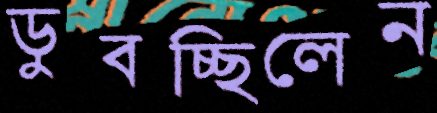
ডুবচ্ছিলেন